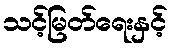
သင့်မြတ်ရေးနှင့်